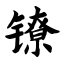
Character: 镣